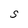
Character: S